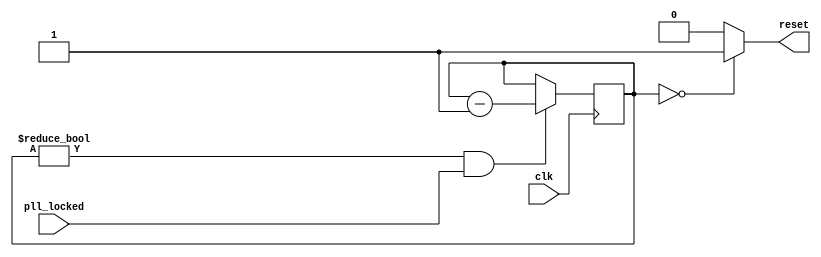
/*
 * iCEstick LPC TPM Sniffer (power_on_reset.v)
 * 
 * Power on reset
 */

module power_on_reset(
	input wire clk,
	input wire pll_locked,
	output reg reset
);

    // registers
    reg [31:0] counter = 32'h2;

    // synchronous logic
    always @(*)
    begin
        if (counter == 32'd0)
            reset = 1'b1;
        else
            reset = 1'b0;
    end

    always @(posedge clk)
    begin
        if (counter != 32'd0 && pll_locked)
            counter <= counter - 1'd1;
    end

endmodule